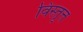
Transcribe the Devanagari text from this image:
विस्तृत्त